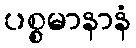
ပစ္စမာနာနံ